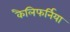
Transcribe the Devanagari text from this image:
कैलिफर्निया